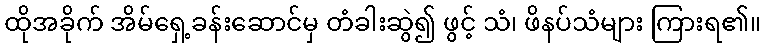
ထိုအခိုက် အိမ်ရှေ့ခန်းဆောင်မှ တံခါးဆွဲ၍ ဖွင့် သံ၊ ဖိနပ်သံများ ကြားရ၏။